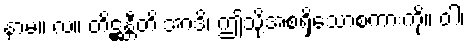
နာမ။ လ။ တိဋ္ဌန္တီတိ အာဒိ၊ ဤသို့အစရှိသောစကားကို။ ဝါ၊